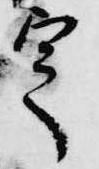
定